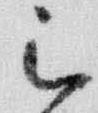
被